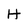
Character: H